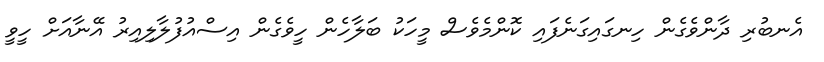
އެނބުރި ދާންވެގެން ހިނގައިގަނެފައި ކޮންމެވެސް މީހަކު ބަލާހެން ހީވެގެން އިސްއުފުލާލިއިރު އޭނާއަށް ހީވީ